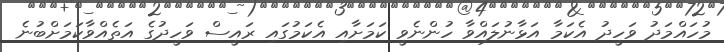
މުހައްމަދު ވަހީދު އެކަމާ އަޅާނުލައްވާ ހުންނެވީ ކަމަށާއި އެކަމުގައި ރައީސް ވަހީދުގެ އަތެއްވާކަމަށްބުނެ